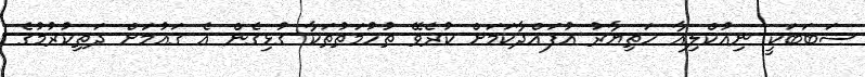
ސަބަބަކީ ނިއުކްލިއާ ހަތިޔާރު އުފައްދާކަމަށް ކުރެވޭ ތުހުމަތުތަކާ ގުޅިގެން އެ ގައުމަށް ދަތިކުރުމުގެ